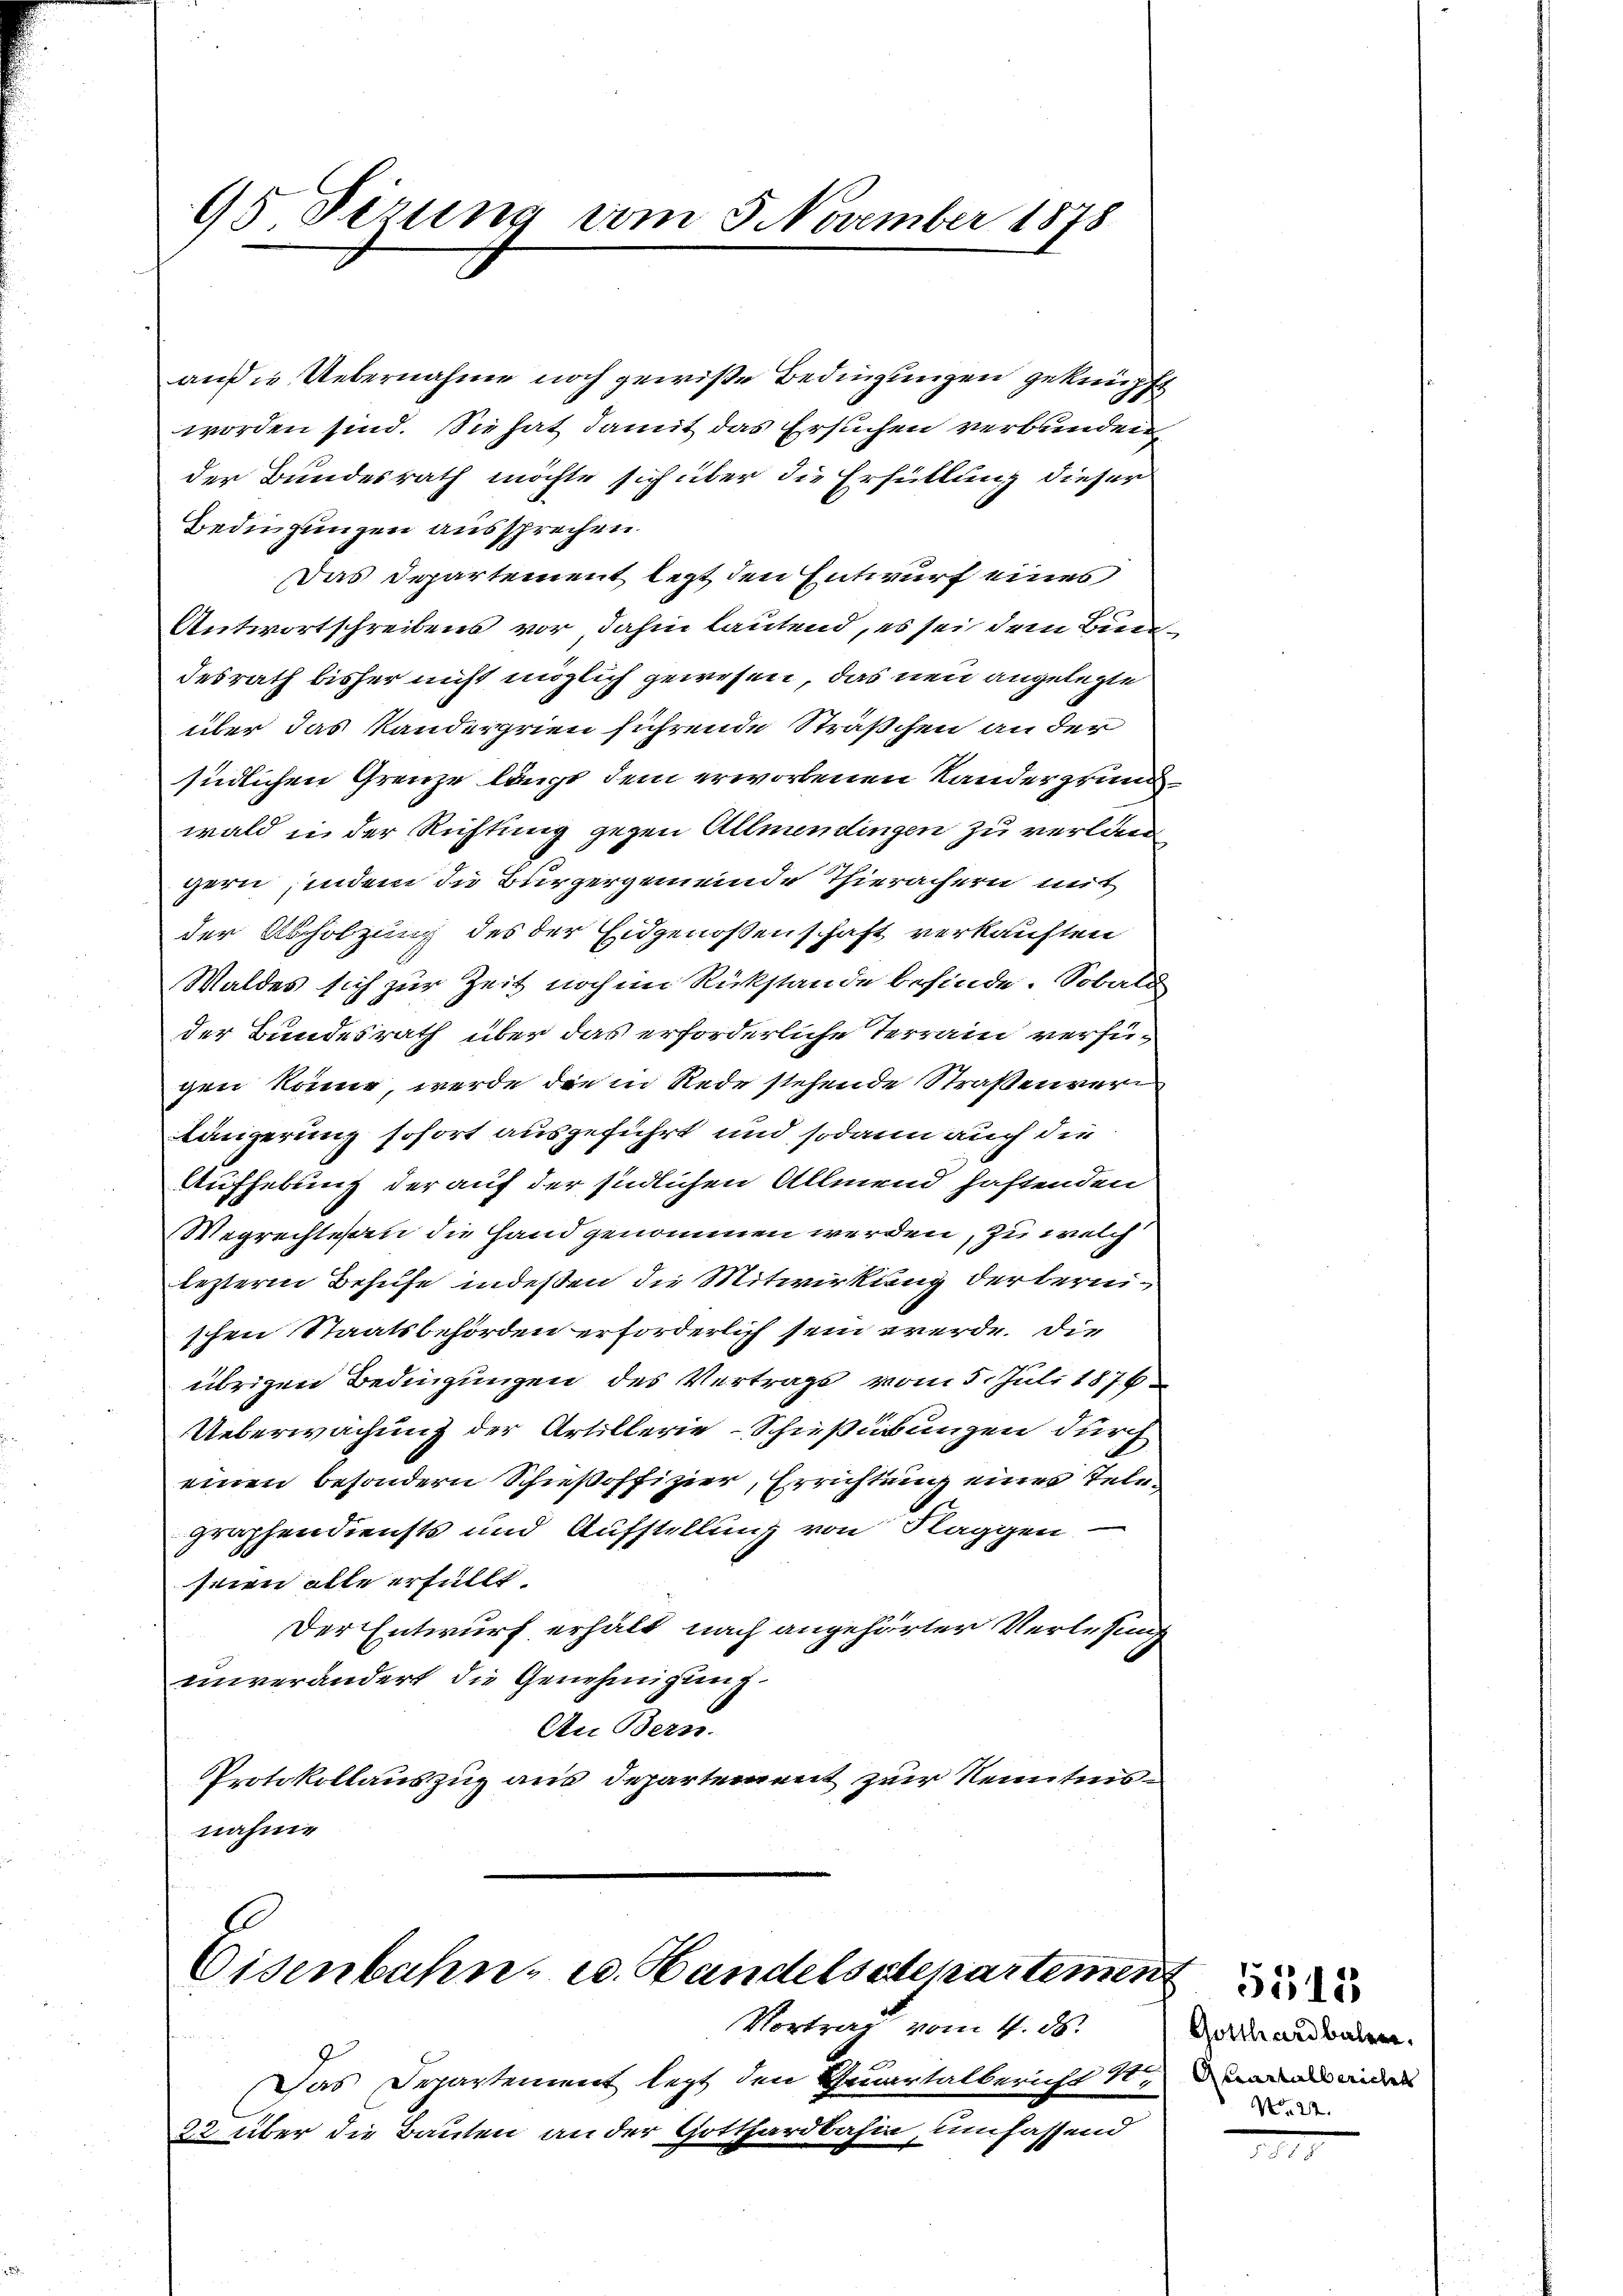
95 Sizung vom 5 November 1878

außer Uebernahme noch gewiße Bedingungen geknüpft
worden sind. Sie hat damit das Ersuchen verbunden
der Bundesrath möchte sich über die Erfüllung dieser
Bedingungen aussprechen.
Das Departement lezt den Entwurf eines
Antwortschreibens vor, dahin lautend, es sei dem Bundesrath bisher nicht möglich gewesen, das neu angelegte
über das Kandergrien führende Sträßchen an der
südlichen Grenze längt dem erworbenen Kander zun
wald in der Richtung gegen Allmendingen zu verlangern, indem die Bürgergemeinde Thierächern mit
der Abholzung des der Eidgenoßenschaft verkauften
Waldes sich zur Zeit noch im Rückstände befinde. Sobald
der Bundesrath über das erforderliche Terrain verfügen könne, werde die in Rede stehende Straßenver
Längerung sofort ausgeführt und sodann auch die
Aufhebung der auf der südlichen Allmend haftenden
Wegrecht an die Hand genommen werden, zu welch
lezterm Behufe indeßen die Mitwirkung derbernischen Staatsbehörden erforderlich sein werde. Die
übrigen Bedingungen des Vertrags vom 5. Juli 1876
Ueberwachung der Artillerie-Schießübungen durch
einen besondern Schießoffizier, Errichtung eines Telegraphendiensts und Aufstellung von Flaggen
seien alle erfüllt.
Der Entwurf erhält nach angehörter Verlesung
unverändert die Genehmigung.
An Bern.
Protokollauszug aus Departement zur Kenntnisnahme

Eisenbahn- u. Handelsdepartement
Vortrag vom 4. ds.

Das Departement legt den Quartalbericht 4.
22 über die Bauten an der Gotthardbahin, umfassend

Gotthardbaler.
Auartalbericht
22.